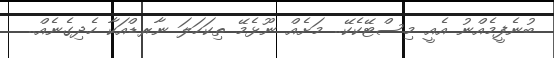
ބުނެފީމެއްނު އެއީ މިސްޓޭކެކޭ.. މަށެއް ނޫޅެމޭ ތިކަހަލަ ނާރޑްއަކާ ހެދިގެނެއް..